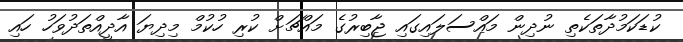
ކުޑަކަމުދާތަކެތި ނުދިން މައްސަލައިގައި ޖާބިރުގެ މައްޗަށް ކުރި ހުކުމް މިދިޔަ އާދީއްތަދުވަހު ހައި